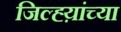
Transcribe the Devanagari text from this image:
जिल्ह्य़ांच्या